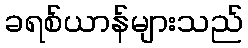
ခရစ်ယာန်များသည်